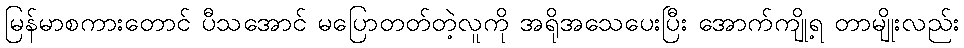
မြန်မာစကားတောင် ပီသအောင် မပြောတတ်တဲ့လူကို အရိုအသေပေးပြီး အောက်ကျို့ရ တာမျိုးလည်း